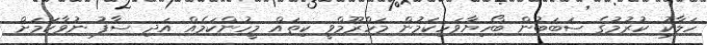
ހަލާކު ކުރުމުގެ ސަބަބުން ބޯހިޔާވަހިކަމުން މަހްރޫމްވީ ކިތައް މީހުންކަމެއް އަދި ސާފު ނުވާކަމަށް